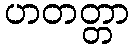
ဟတတ္တာ